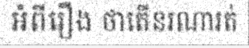
អំពីរឿង ថាតើនរណារត់